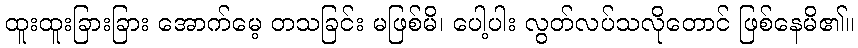
ထူးထူးခြားခြား အောက်မေ့ တသခြင်း မဖြစ်မိ၊ ပေါ့ပါး လွတ်လပ်သလိုတောင် ဖြစ်နေမိ၏။